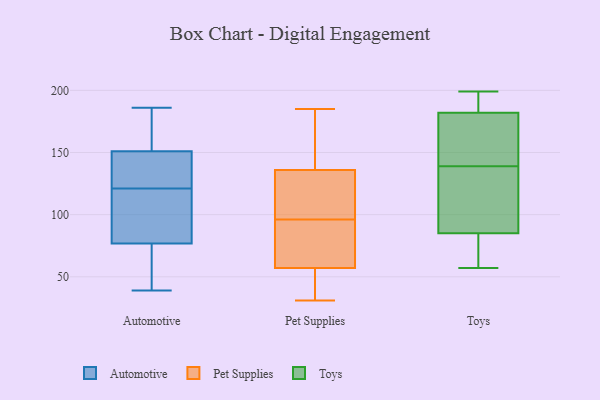
{"axis": {"x": "Temperature (°C)", "y": "Value"}, "legend": ["Automotive", "Pet Supplies", "Toys"], "data": [{"x": "", "y": 183, "type": "Automotive"}, {"x": "", "y": 40, "type": "Automotive"}, {"x": "", "y": 39, "type": "Automotive"}, {"x": "", "y": 121, "type": "Automotive"}, {"x": "", "y": 128, "type": "Automotive"}, {"x": "", "y": 113, "type": "Automotive"}, {"x": "", "y": 163, "type": "Automotive"}, {"x": "", "y": 131, "type": "Automotive"}, {"x": "", "y": 147, "type": "Automotive"}, {"x": "", "y": 102, "type": "Automotive"}, {"x": "", "y": 79, "type": "Automotive"}, {"x": "", "y": 186, "type": "Automotive"}, {"x": "", "y": 70, "type": "Automotive"}, {"x": "", "y": 147, "type": "Pet Supplies"}, {"x": "", "y": 125, "type": "Pet Supplies"}, {"x": "", "y": 177, "type": "Pet Supplies"}, {"x": "", "y": 43, "type": "Pet Supplies"}, {"x": "", "y": 31, "type": "Pet Supplies"}, {"x": "", "y": 95, "type": "Pet Supplies"}, {"x": "", "y": 97, "type": "Pet Supplies"}, {"x": "", "y": 99, "type": "Pet Supplies"}, {"x": "", "y": 60, "type": "Pet Supplies"}, {"x": "", "y": 54, "type": "Pet Supplies"}, {"x": "", "y": 68, "type": "Pet Supplies"}, {"x": "", "y": 185, "type": "Pet Supplies"}, {"x": "", "y": 66, "type": "Toys"}, {"x": "", "y": 159, "type": "Toys"}, {"x": "", "y": 161, "type": "Toys"}, {"x": "", "y": 182, "type": "Toys"}, {"x": "", "y": 185, "type": "Toys"}, {"x": "", "y": 192, "type": "Toys"}, {"x": "", "y": 85, "type": "Toys"}, {"x": "", "y": 127, "type": "Toys"}, {"x": "", "y": 136, "type": "Toys"}, {"x": "", "y": 199, "type": "Toys"}, {"x": "", "y": 93, "type": "Toys"}, {"x": "", "y": 142, "type": "Toys"}, {"x": "", "y": 83, "type": "Toys"}, {"x": "", "y": 57, "type": "Toys"}]}